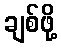
ချစ်ဖို့